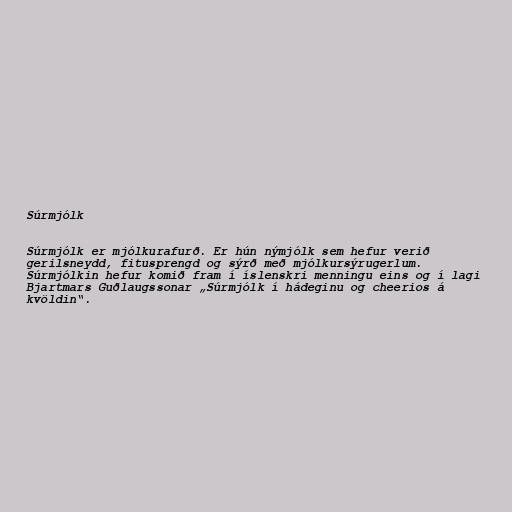
Súrmjólk

Súrmjólk er mjólkurafurð. Er hún nýmjólk sem hefur verið
gerilsneydd, fitusprengd og sýrð með mjólkursýrugerlum.
Súrmjólkin hefur komið fram í íslenskri menningu eins og í lagi
Bjartmars Guðlaugssonar „Súrmjólk í hádeginu og cheerios á
kvöldin“.